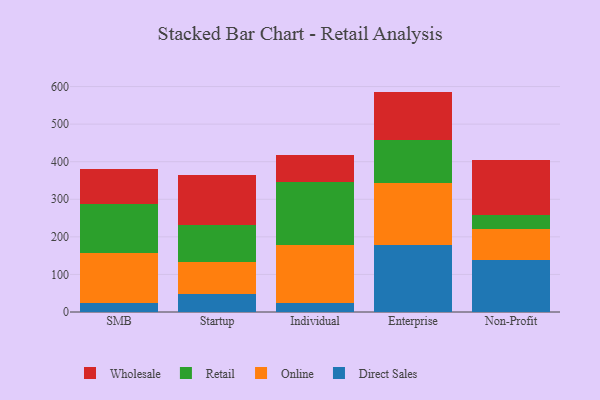
{"axis": {"x": "Segment", "y": "Tickets Resolved"}, "legend": ["Direct Sales", "Online", "Retail", "Wholesale"], "data": [{"x": "SMB", "y": 22.7, "type": "Direct Sales"}, {"x": "SMB", "y": 134.7, "type": "Online"}, {"x": "SMB", "y": 129.8, "type": "Retail"}, {"x": "SMB", "y": 93.7, "type": "Wholesale"}, {"x": "Startup", "y": 46.9, "type": "Direct Sales"}, {"x": "Startup", "y": 86.5, "type": "Online"}, {"x": "Startup", "y": 99.0, "type": "Retail"}, {"x": "Startup", "y": 132.9, "type": "Wholesale"}, {"x": "Individual", "y": 23.4, "type": "Direct Sales"}, {"x": "Individual", "y": 154.1, "type": "Online"}, {"x": "Individual", "y": 167.5, "type": "Retail"}, {"x": "Individual", "y": 72.9, "type": "Wholesale"}, {"x": "Enterprise", "y": 177.6, "type": "Direct Sales"}, {"x": "Enterprise", "y": 166.3, "type": "Online"}, {"x": "Enterprise", "y": 113.4, "type": "Retail"}, {"x": "Enterprise", "y": 129.3, "type": "Wholesale"}, {"x": "Non-Profit", "y": 138.7, "type": "Direct Sales"}, {"x": "Non-Profit", "y": 81.1, "type": "Online"}, {"x": "Non-Profit", "y": 39.0, "type": "Retail"}, {"x": "Non-Profit", "y": 145.3, "type": "Wholesale"}]}